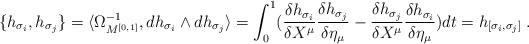
LaTeX: \begin{align*}\{h_{\sigma_i},h_{\sigma_j}\} = \langle \Omega_{M^{[0,1]}}^{-1},d h_{\sigma_i}\wedge d h_{\sigma_j}\rangle = \int_0^1 (\frac{\delta h_{\sigma_i}}{\delta X^\mu}\frac{\delta h_{\sigma_j}}{\delta \eta_\mu}-\frac{\delta h_{\sigma_j}}{\delta X^\mu}\frac{\delta h_{\sigma_i}}{\delta \eta_\mu})dt= h_{[\sigma_i,\sigma_j]}\;.\end{align*}